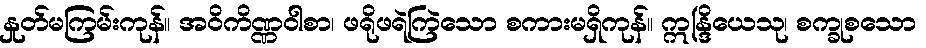
နှုတ်မကြမ်းကုန်။ အဝိကိဏ္ဏဝါစာ၊ ဖရိုဖရဲကြဲသော စကားမရှိကုန်။ ဣန္ဒြိယေသု၊ စက္ခုစသော